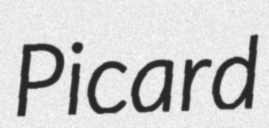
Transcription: Picard